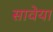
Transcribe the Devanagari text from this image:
सावेया